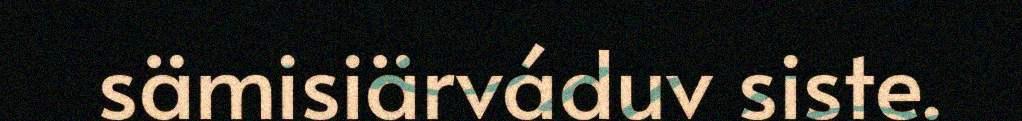
sämisiärváduv siste.